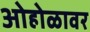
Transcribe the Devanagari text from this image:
ओहोळावर